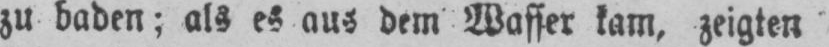
zu baden; als es aus dem Wasser kam, zeigten